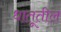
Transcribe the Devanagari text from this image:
धातूतील